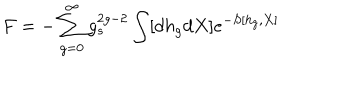
F = - \sum _ { g = 0 } ^ { \infty } g _ { s } ^ { 2 g - 2 } \int [ d h _ { g } d X ] e ^ { - S [ h _ { g } , X ] }